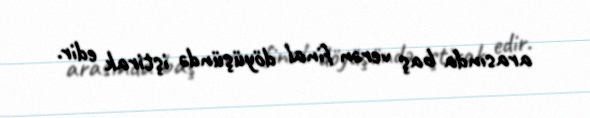
arasında baş verən final döyüşündə iştirak edir.